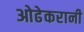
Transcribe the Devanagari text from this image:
ओढेकरानी